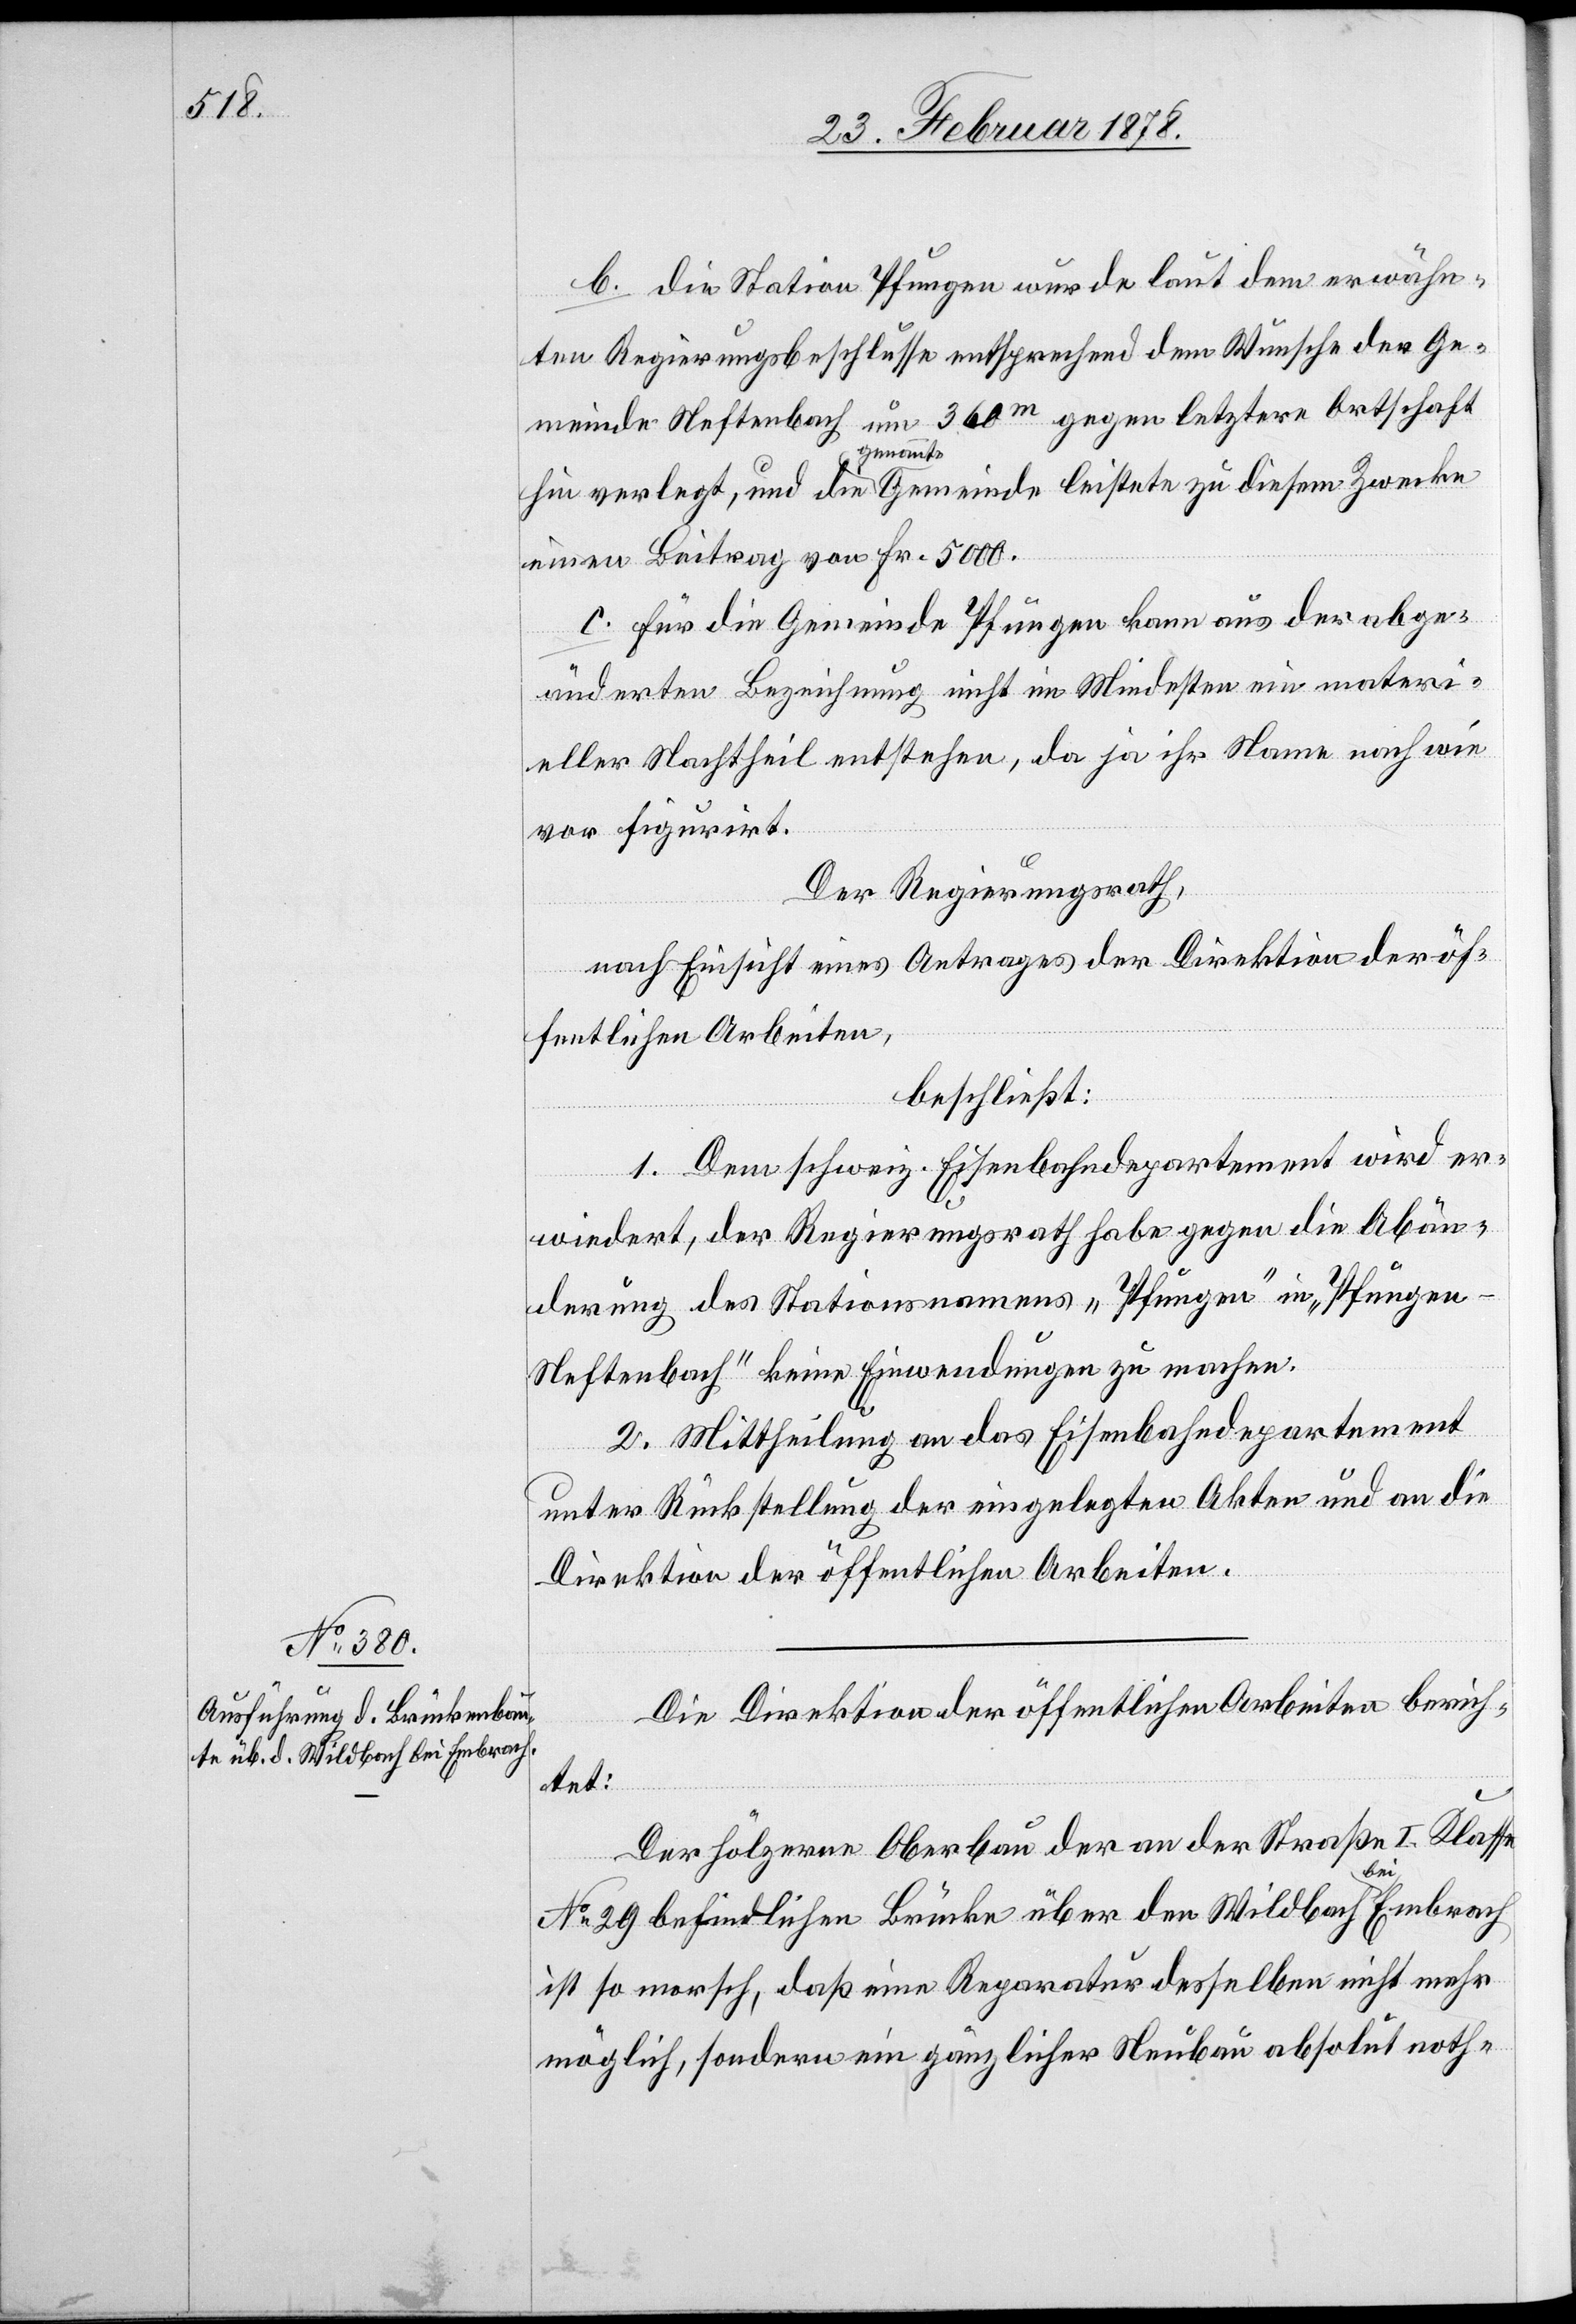
b. die Station Pfungen wurde laut dem erwähn¬
ten Regierungsbeschlusse entsprechend dem Wunsche der Ge¬
meinde Neftenbach um 360m gegen letztere Ortschaft
hin verlegt, und die genannte Gemeinde leistete zu diesem Zwecke
einen Beitrag von Fr. 5000.
c. für die Gemeinde Pfungen kann aus der abge¬
änderten Bezeichnung nicht im Mindesten ein materi¬
eller Nachtheil entstehen, da ja ihr Name nach wie
vor figurirt.
Der Regierungsrath,
nach Einsicht eines Antrages der Direktion der öf¬
fentlichen Arbeiten,
beschließt:
1. Dem schweiz. Eisenbahndepartement wird er¬
wiedert, der Regierungsrath habe gegen die Abän¬
derung des Stationsnamens „Pfungen“ in „Pfunge¬
n-Neftenbach“ keine Einwendungen zu machen.
2. Mittheilung an das Eisenbahndepartement
unter Rückstellung der eingelegten Akten und an die
Direktion der öffentlichen Arbeiten.
Die Direktion der öffentlichen Arbeiten berich¬
tet:
Der hölzerne Oberbau der an der Straße I. Klasse
No 29 befindlichen Brücke über den Wildbach bei Embrach
ist so morsch, daß eine Reparatur desselben nicht mehr
möglich, sondern ein gänzlicher Neubau absolut noth-